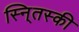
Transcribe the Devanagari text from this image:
स्नि्तस्की